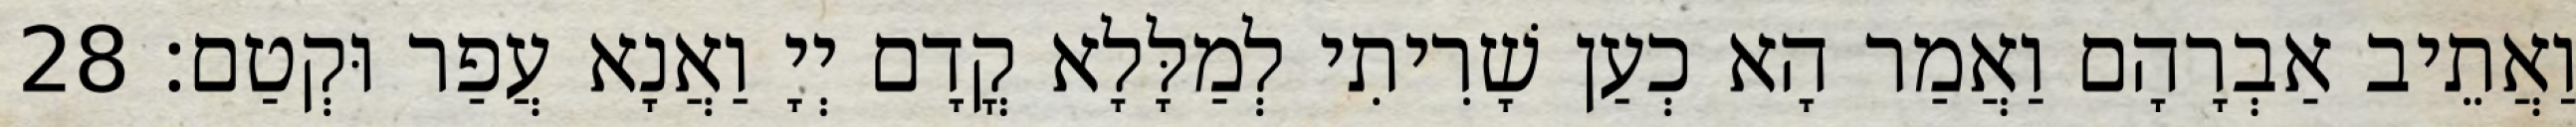
וַאֲתֵיב אַבְרָהָם וַאֲמַר הָא כְעַן שָׁרִיתִי לְמַלָּלָא קֳדָם יְיָ וַאֲנָא עֲפַר וּקְטַם׃ 28